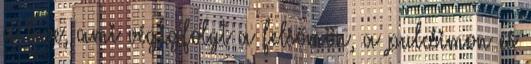
a leve, ami végigfolyt a felsőmön, a pulcsimon és